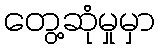
တွေ့ဆုံမှုမှာ